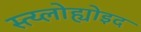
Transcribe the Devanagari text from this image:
स्त्य्लोह्योइद